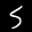
Label: 5